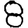
Digit: 8